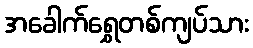
အခေါက်ရွှေတစ်ကျပ်သား